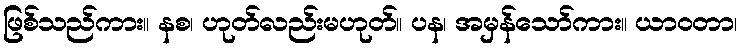
ဖြစ်သည်ကား။ နစ၊ ဟုတ်လည်းမဟုတ်။ ပန၊ အမှန်သော်ကား။ ယာဝတာ၊